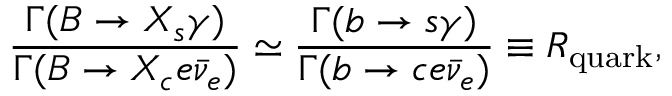
\frac { \Gamma ( B \to X _ { s } \gamma ) } { \Gamma ( B \to X _ { c } e \bar { \nu } _ { e } ) } \simeq \frac { \Gamma ( b \to s \gamma ) } { \Gamma ( b \to c e \bar { \nu } _ { e } ) } \equiv R _ { \mathrm { q u a r k } } ,